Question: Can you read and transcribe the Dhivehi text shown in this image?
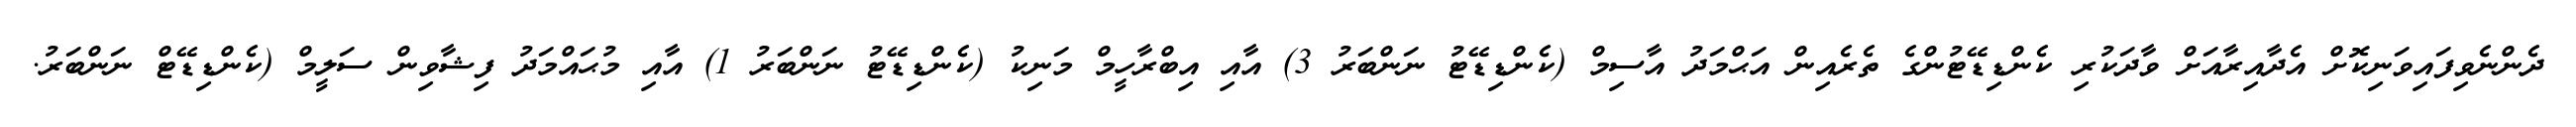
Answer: ދެންނެވިފައިވަނިކޮށް އެދާއިރާއަށް ވާދަކުރި ކެންޑިޑޭޓުންގެ ތެރެއިން އަޙްމަދު އާސިމް (ކެންޑިޑޭޓު ނަންބަރު 3) އާއި އިބްރާހީމް މަނިކު (ކެންޑިޑޭޓު ނަންބަރު 1) އާއި މުޙައްމަދު ފިޝާވިން ސަލީމް (ކެންޑިޑޭޓް ނަންބަރު.